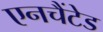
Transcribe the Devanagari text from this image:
एनचैंटेड